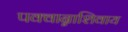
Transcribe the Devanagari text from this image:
पक्वान्नाशिवाय